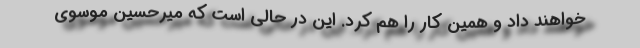
خواهند داد و همین کار را هم کرد. این در حالی است که میرحسین موسوی